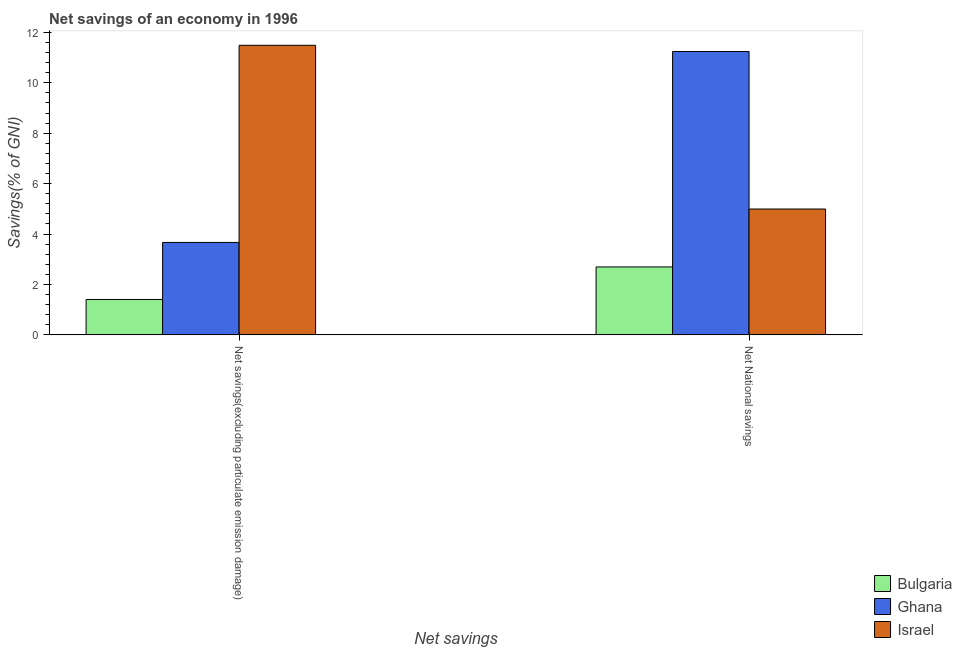
| Net savings | Bulgaria | Ghana | Israel |
 | --- | --- | --- | --- |
 | Net savings(excluding particulate emission damage) | 1.4 | 3.67 | 11.5 |
 | Net National savings | 2.7 | 11.2 | 4.99 |